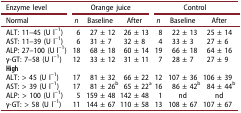
| Enzyme level | <COLSPAN=3> Orange juice | <COLSPAN=3> Control |
 | Normal | n | Baseline | After | n | Baseline | After |
 | --- | --- | --- | --- | --- | --- | --- |
 | ALT: 11–45 (U l–1) | 6 | 27 ± 12 | 26 ± 13 | 8 | 22 ± 13 | 25 ± 14 |
 | AST: 11–39 (U l–1) | 6 | 31 ± 7 | 32 ± 8 | 4 | 33 ± 3 | 27 ± 6 |
 | ALP: 27–100 (U l–1) | 18 | 68 ± 18 | 60 ± 14 | 19 | 66 ± 18 | 64 ± 16 |
 | γ-GT: 7–58 (U l–1) | 12 | 33 ± 12 | 31 ± 11 | 7 | 28 ± 7 | 27 ± 9 |
 | High |  |  |  |  |  |  |
 | ALT: > 45 (U l–1) | 17 | 81 ± 32 | 66 ± 22 | 12 | 107 ± 36 | 106 ± 39 |
 | AST: > 39 (U l–1) | 17 | 81 ± 26b | 65 ± 22a | 16 | 86 ± 42b | 84 ± 44b |
 | ALP: > 100 (U l–1) | 5 | 159 ± 48 | 142 ± 48 | 1 | nd | nd |
 | γ-GT: > 58 (U l–1) | 11 | 144 ± 67 | 110 ± 58 | 13 | 108 ± 67 | 107 ± 67 |